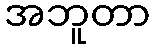
အဘူတာ